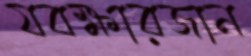
যবক্ষারজান